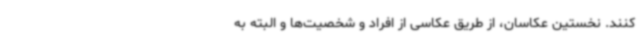
کنند. نخستین عکاسان، از طریق عکاسی از افراد و شخصیت‌ها و البته به